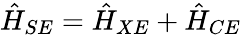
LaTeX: \hat{H}_{SE}=\hat{H}_{XE}+\hat{H}_{CE}